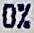
0%